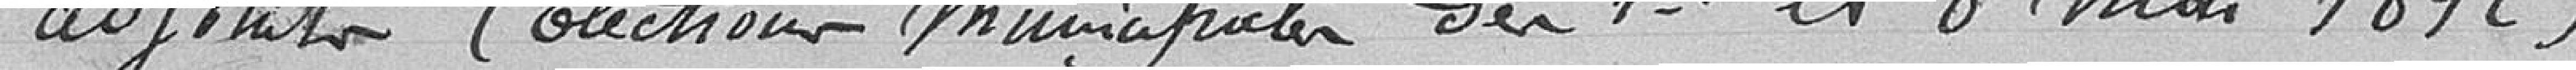
adjoints (élections municipales des 1er et 8 mai 1892)